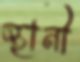
স্থানী